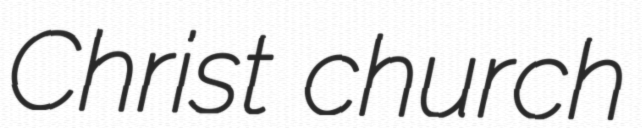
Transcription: Christ church